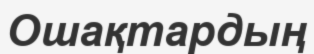
Ошақтардың